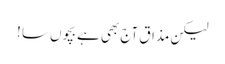
لیکن مذاق آج بھی ہے بچوں سا !